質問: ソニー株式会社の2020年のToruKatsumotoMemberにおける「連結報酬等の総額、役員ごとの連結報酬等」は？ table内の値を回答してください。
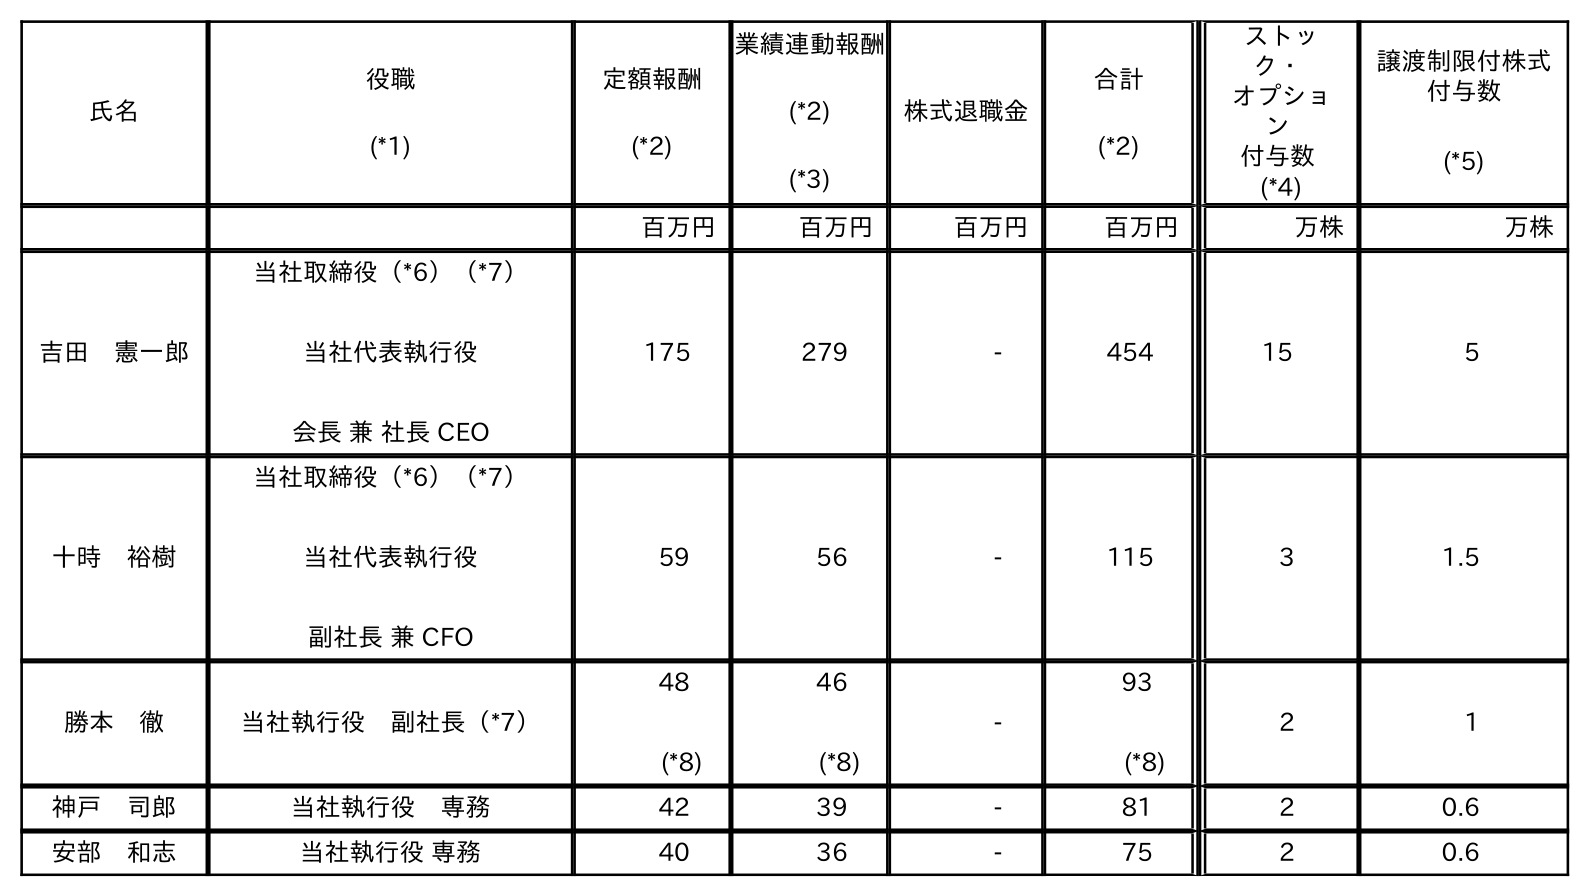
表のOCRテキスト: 氏名 役職 (*1) 定額報酬 (*2) 業績連動報酬 (*2) (*3) 株式退職金 合計 (*2) ストッ ク・ オプショ ン 付与数 (*4) 譲渡制限付株式 付与数 (*5) 百万円 百万円 百万円 百万円 万株 万株 吉田 憲一郎 当社取締役（*6）（*7） 当社代表執行役 会長 兼 社長 CEO 175 279 - 454 15 5 十時 裕樹 当社取締役（*6）（*7） 当社代表執行役 副社長 兼 CFO 59 56 - 115 3 1.5 勝本 徹 当社執行役 副社長（*7） 48 (*8) 46 (*8) - 93 (*8) 2 1 神戶 司郎 当社執行役 専務 42 39 - 81 2 0.6 安部 和志 当社執行役 専務 40 36 - 75 2 0.6
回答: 93(*8)